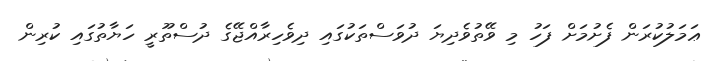
ޢަމަލުކުރަން ފެށުމަށް ފަހު މި ވޭތުވެދިޔަ ދުވަސްތަކުގައި ދިވެހިރާއްޖޭގެ ދުސްތޫރީ ހަޔާތުގައި ކުރިން